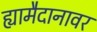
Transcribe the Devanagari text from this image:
ह्यामैदानावर